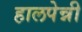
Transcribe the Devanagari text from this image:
हालपेन्नी